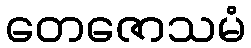
တေဇောသမံ